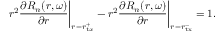
r ^ { 2 } \frac { \partial R _ { n } ( r , \omega ) } { \partial r } \bigg | _ { r = r _ { t x } ^ { + } } - r ^ { 2 } \frac { \partial R _ { n } ( r , \omega ) } { \partial r } \bigg | _ { r = r _ { \mathrm { t x } } ^ { - } } = 1 .